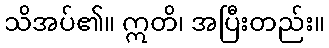
သိအပ်၏။ ဣတိ၊ အပြီးတည်း။